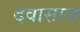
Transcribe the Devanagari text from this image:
दवासाज